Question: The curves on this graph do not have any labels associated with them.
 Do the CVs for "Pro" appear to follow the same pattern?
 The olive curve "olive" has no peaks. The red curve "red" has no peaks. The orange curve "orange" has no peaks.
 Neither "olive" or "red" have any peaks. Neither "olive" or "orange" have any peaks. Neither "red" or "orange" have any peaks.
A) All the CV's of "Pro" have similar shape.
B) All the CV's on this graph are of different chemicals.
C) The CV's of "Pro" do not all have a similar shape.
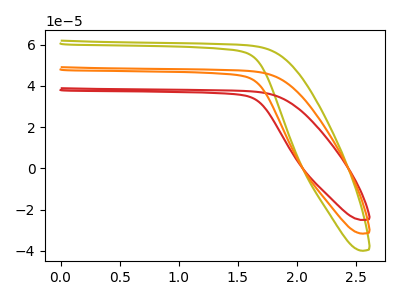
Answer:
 <answer>A) All the CV's of "Pro" have similar shape.</answer>
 <eval>A</eval>